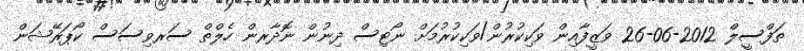
ތަފްސީލް 2012-06-26 ވަޒީފާއިން ވަކިކުރުން/ވަކިކުރުމަށް ނޯޓިސް ދިނުން ނޮދާރން ހެލްތް ސަރވިސަސް ކޯޕަރޭޝަން